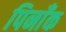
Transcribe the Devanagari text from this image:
पिनाँक